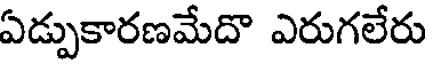
ఏడ్పుకారణమేదొ ఎరుగలేరు